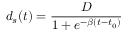
d _ { s } ( t ) = \frac { D } { 1 + e ^ { - \beta ( t - t _ { 0 } ) } }